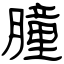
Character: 膧